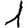
Digit: 1